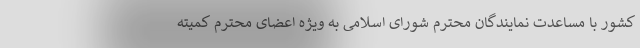
کشور با مساعدت نمایندگان محترم شورای اسلامی به ویژه اعضای محترم کمیته